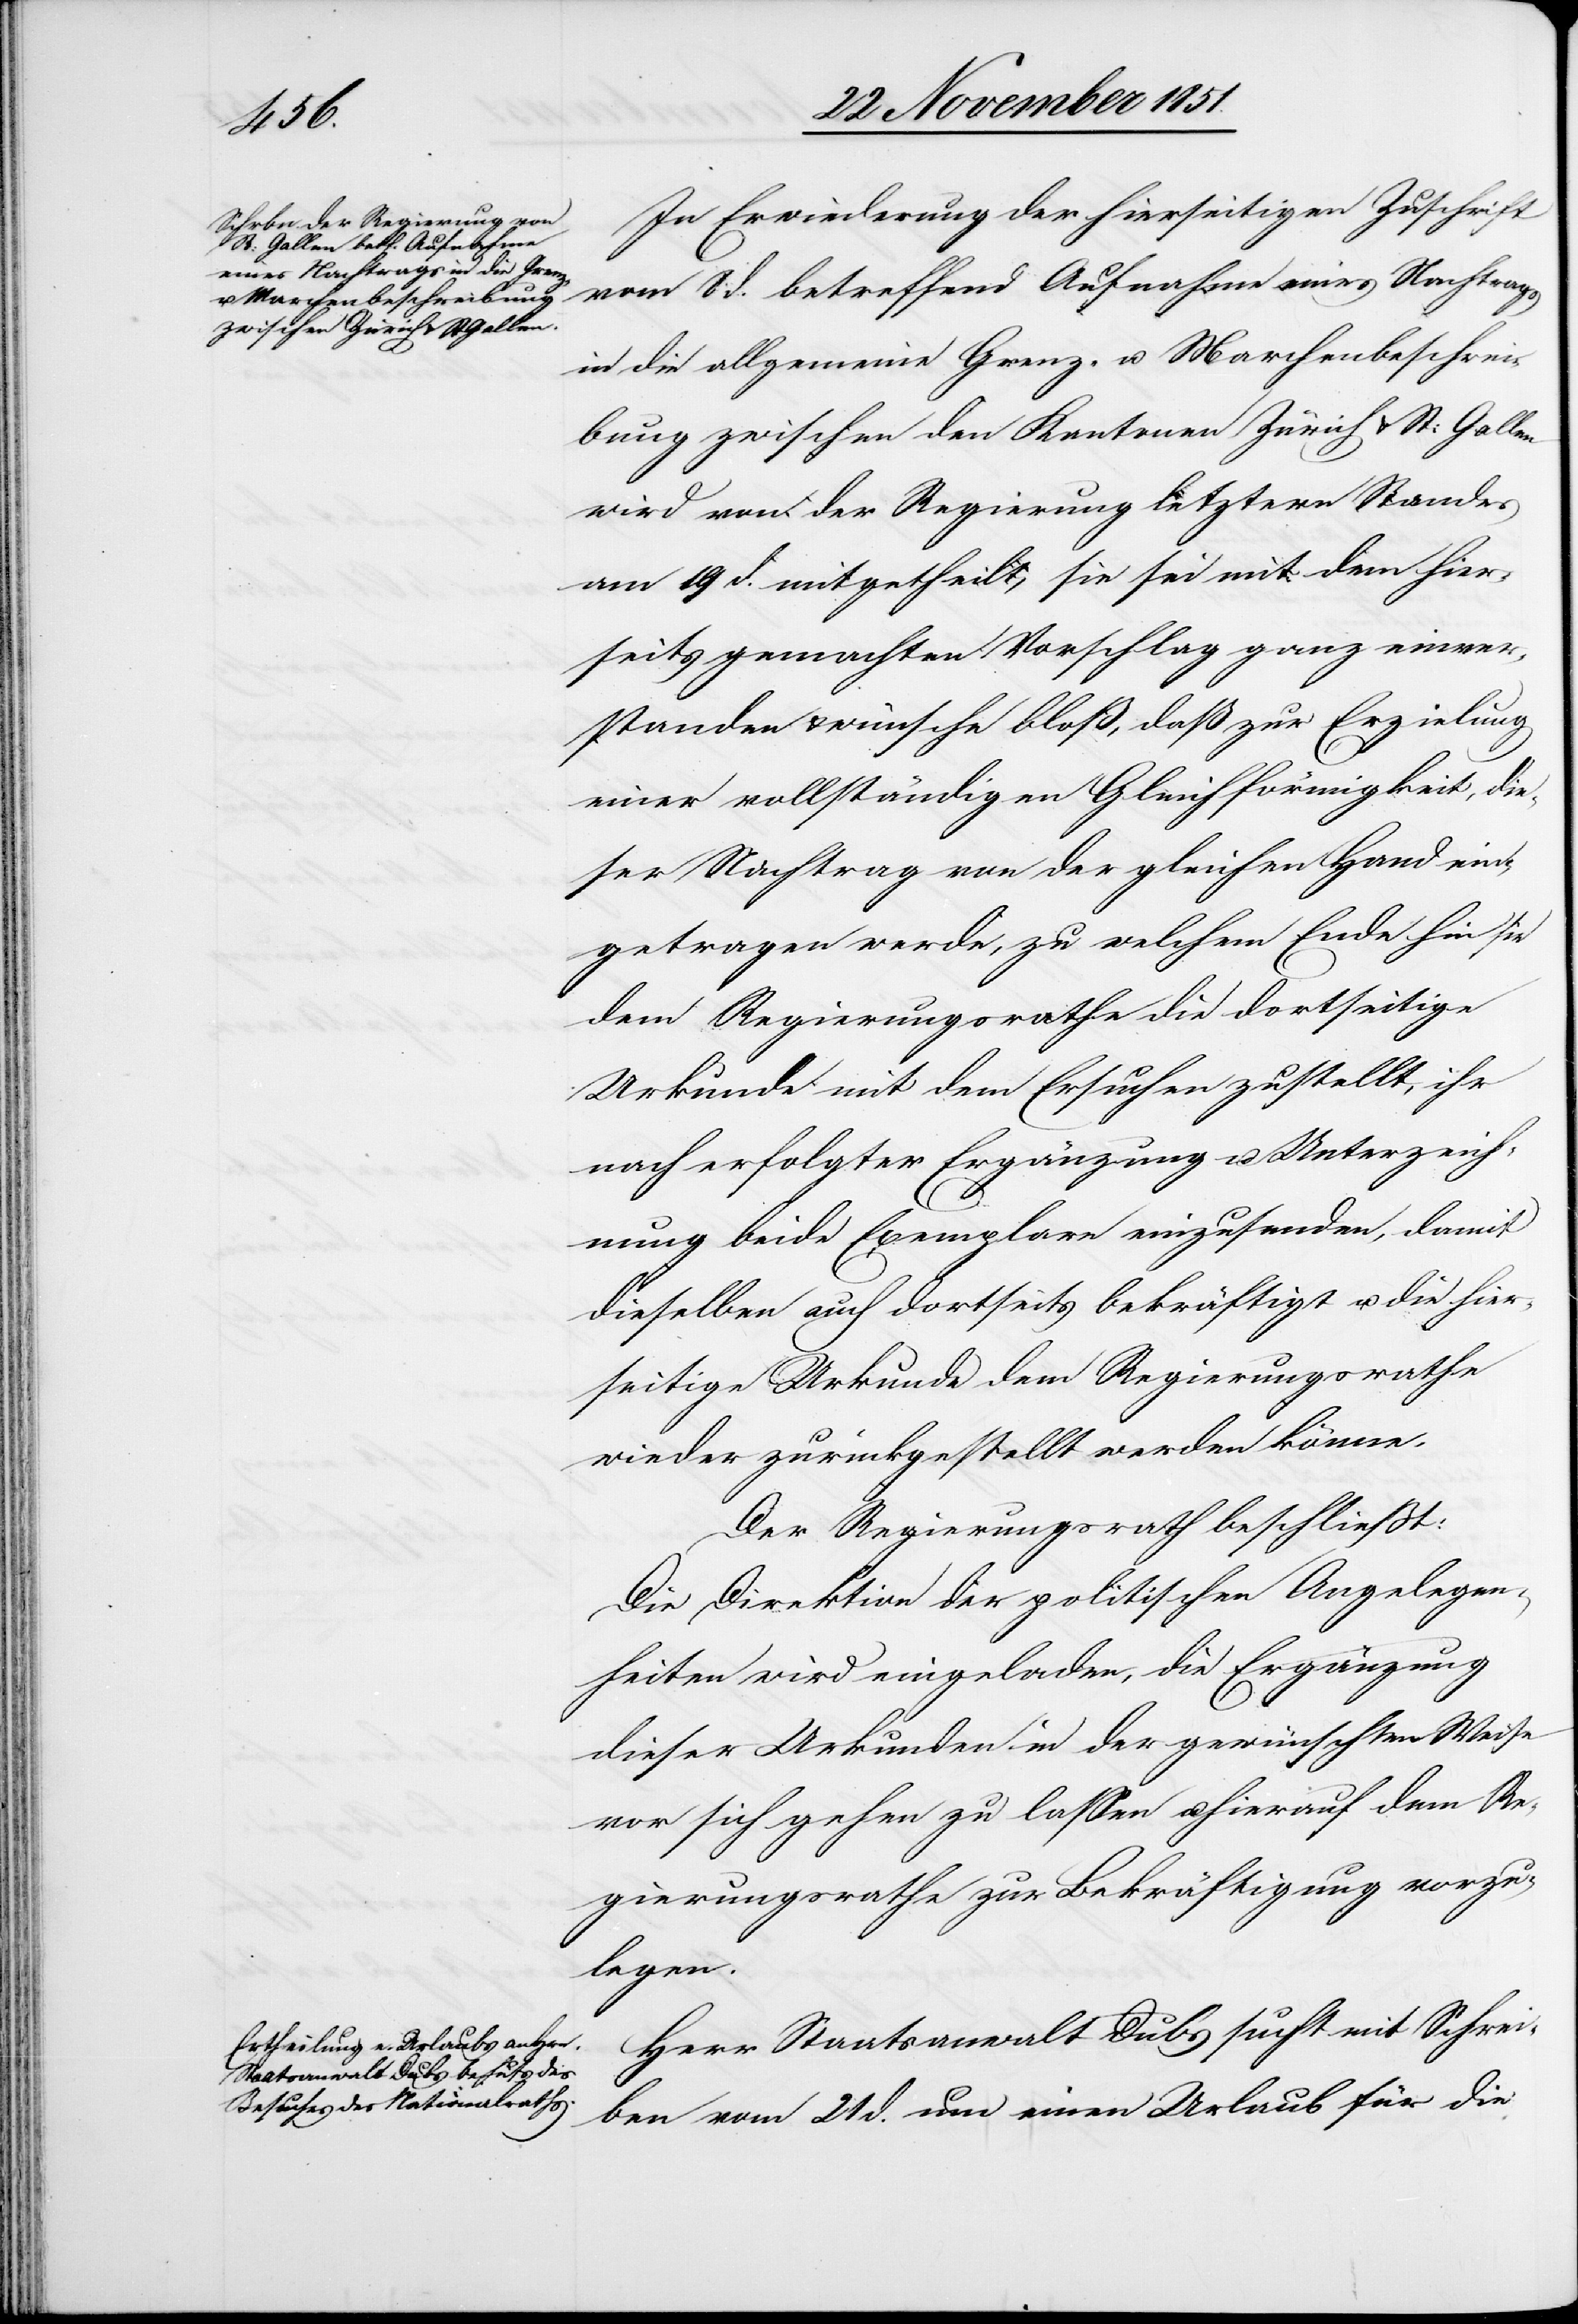
In Erwiederung der hierseitigen Zuschrift
vom 8 d. betreffend Aufnahme eines Nachtrags
in die allgemeine Grenz- u. Marchenbeschrei¬
bung zwischen den Kantonen Zürich & St: Gallen
wird von der Regierung letztern Standes
am 19 d. mitgetheilt, sie sei mit dem hier¬
seits gemachten Vorschlag ganz einver¬
standen & wünsche bloß, daß zur Erzielung
einer vollständigen Gleichförmigkeit, die¬
ser Nachtrag von der gleichen Hand ein¬
getragen werde, zu welchem Ende hin sie
dem Regierungsrathe die dortseitige
Urkunde mit dem Ersuchen zustellt, ihr
nach erfolgter Ergänzung u. Unterzeich¬
nung beide Exemplare einzusenden, damit
dieselben auch dortseits bekräftigt u. die hier¬
seitige Urkunde dem Regierungsrathe
wieder zurückgestellt werden könne.
Der Regierungsrath beschließt:
Die Direktion der politischen Angelegen¬
heiten wird eingeladen, die Ergänzung
dieser Urkunden in der gewünschten Weise
vor sich gehen zu lassen u. hierauf dem Re¬
gierungsrathe zur Bekräftigung vorzu¬
legen.
Herr Staatsanwalt Dubs sucht mit Schrei¬
ben vom 21 d. um einen Urlaub für die